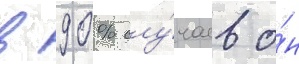
в 90% слу́чаев о́н